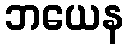
ဘယေန